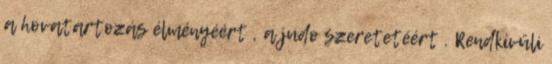
a hovatartozás élményéért , a judo szeretetéért . Rendkívüli